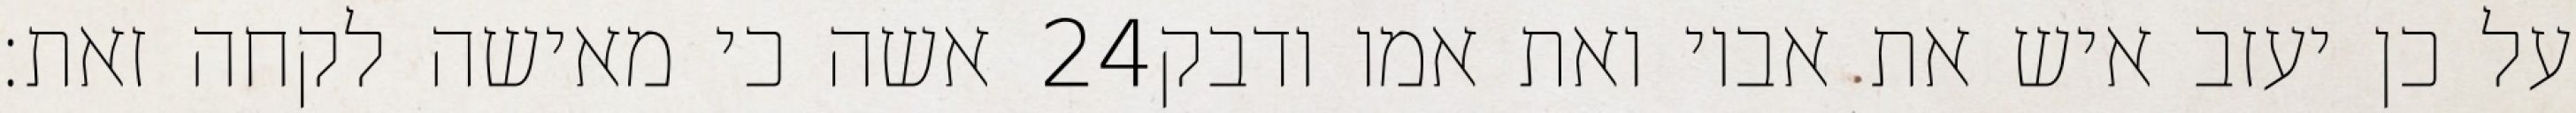
אשה כי מאישה לקחה זאת׃ ‎24‏ על כן יעזב איש את אביו ואת אמו ודבק